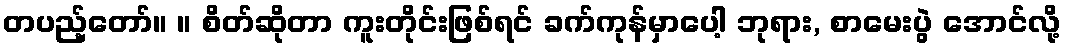
တပည့်တော်။ ။ စိတ်ဆိုတာ ကူးတိုင်းဖြစ်ရင် ခက်ကုန်မှာပေါ့ ဘုရား, စာမေးပွဲ အောင်လို့